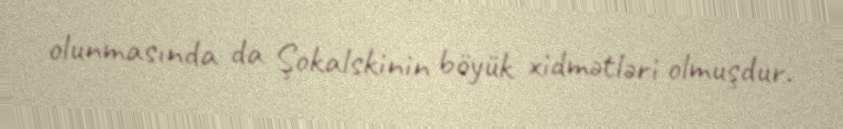
olunmasında da Şokalskinin böyük xidmətləri olmuşdur.